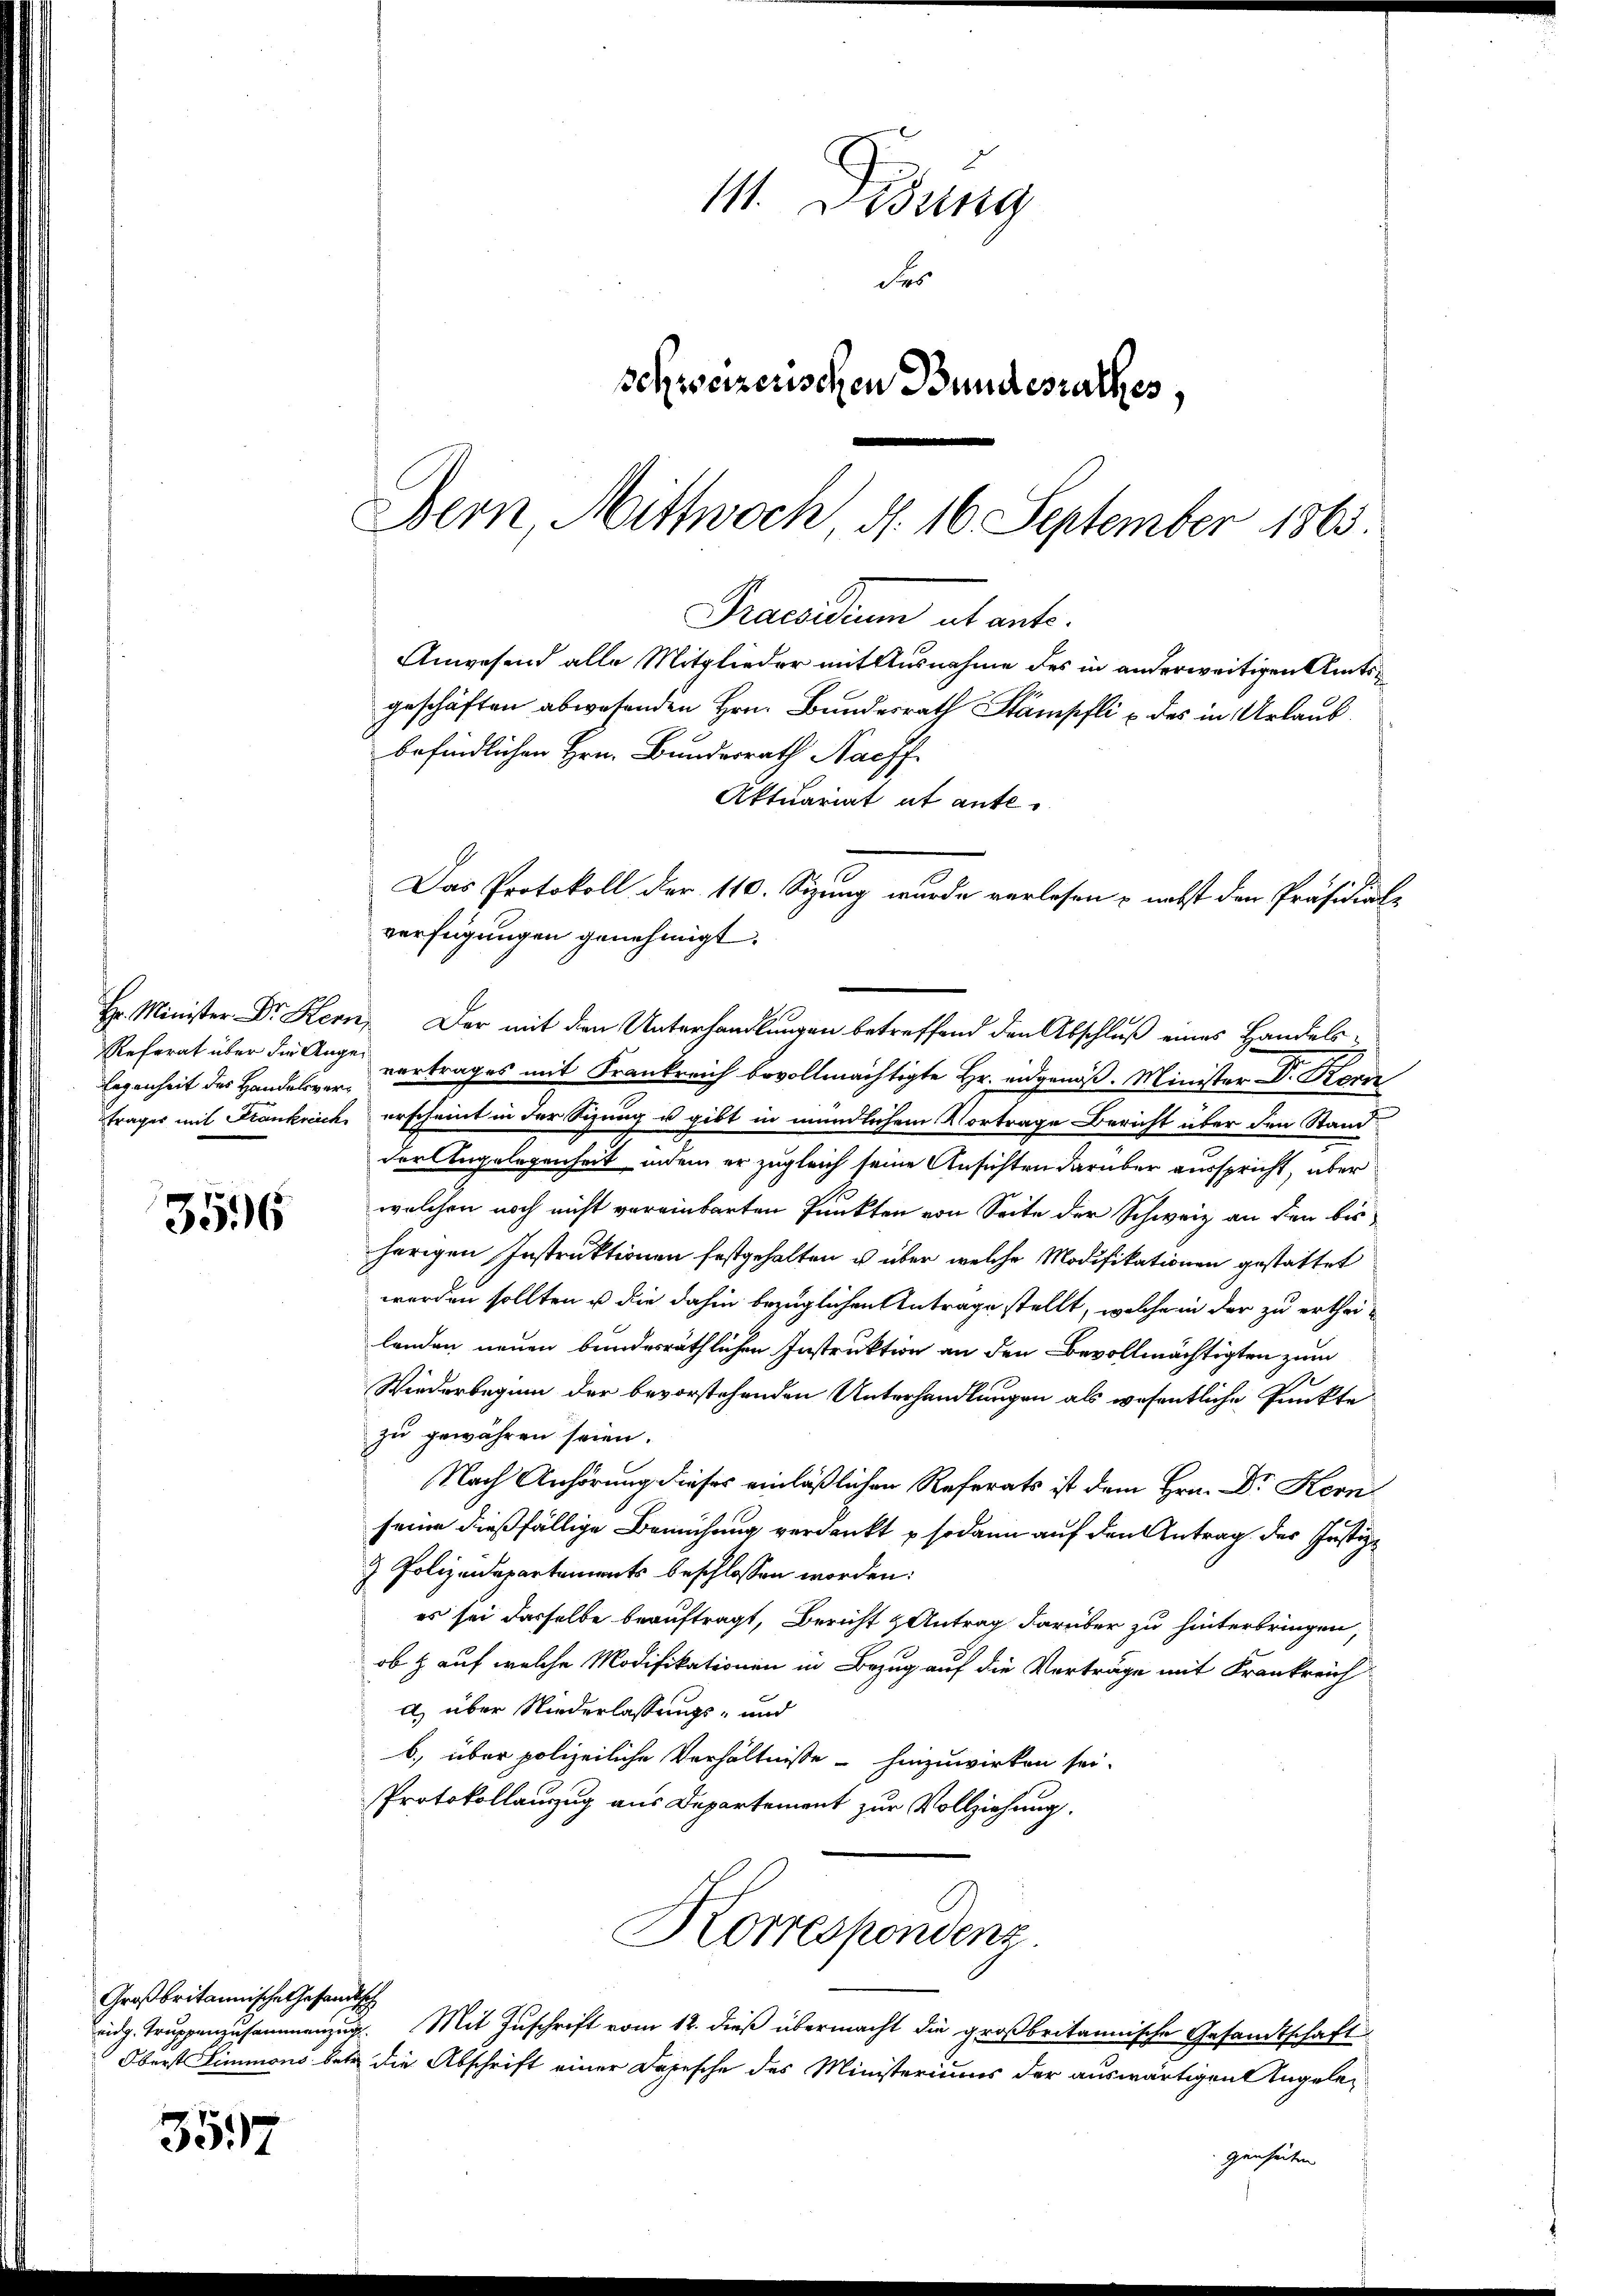
legenheit des Handelsverträger mit Frankreich

356

Großbritannische Gesandtsch

357

11. Disung
Fro
schweizerischen Bundesrathes,
Bern, Mittwoch d. 16. September 1865

Praesidium alt ante.
Anwesend alle Mitglieder mit Ausnahme des in anderweitigen Amtsgeschäften abwesenden Hrn. Bundesrath Stämpfli & des in Urlaub
befindlichen Hrn. Bundesrath Nachf
Aktuariat et ante¬
Das Protokoll der 110. Sizung wurde verlesen & nebst den Präsidial-
verfügungen genehmigt.
Hr. Minister Dr. Kern, Der mit den Unterhandlungen betreffend den Abschluß eines Handels¬

Referat über die Ange vertrages mit Frankreich bevollmächtigte Hr. eidgenöß. Minister Dr. Korn
erscheint in der Sizung u gibt in mündlichem Vortrage Bericht über den Stand
der Angelegenheit, indem er zugleich seine Ansichten darüber ausspricht, aber
welchen noch nicht vereinbarten Punkten von Seite der Schweiz an den bis
herigen Instruktionen festgehalten u. über welche Modifikationen gestattet
werden sollten u die dahin bezüglichen Antrage stellt, welche in der zu ertheilanden neuen bundesräthlichen Instruktion an den Bevollmächtigten zum
Wiederbeginn der bevorstehenden Unterhandlungen als wesentliche Punkte
zu gewähren seien.
Nach Anhörung dieses einläßlichen Referats ist dem Hrn. Dr Kern
seine dießfällige Bemühung verdankt & sodann auf den Antrag der Justiz-
& Polizeidepartements beschlossen worden:
es sei dasselbe beauftragt, Bericht & Antrag darüber zu hinterbringen,
ob & auf welche Modifikationen in Bezug auf die Vorträge mit Krankreich
a) über Niederlassungs- und
b.) über polizeiliche Verhältnisse - hinzuwirken sei.
Protokollanzug aus Departement zur Vollziehung.
Korrespondenz.
eidg. Truppenzusammenzug. Mit Zuschrift vom 12. dieß übermacht die großbritannische Gesandtschaft
Oberst immons betr. die Abschrift einer Depesche des Ministeriums der auswärtigen Angele-

genheiten